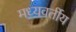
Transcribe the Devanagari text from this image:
मध्यवर्तीय